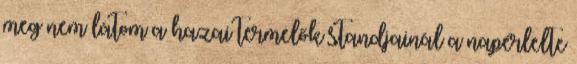
meg nem látom a hazai termelők standjainál a napérlelte